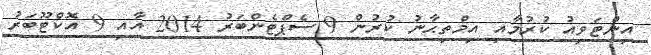
އިންޓަވިއު ކުރުމާއި އިމްތިޙާނު ކުރުން 9 ސެޕްޓެންބަރު 2014 އާއި 9 އޮކްޓޫބަރު